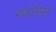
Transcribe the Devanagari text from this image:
गंथलेखन